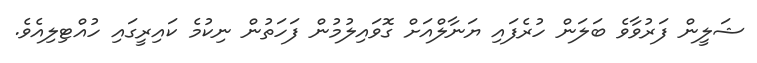
ޝަލީން ފަރުވާވެ ބަލަން ހުރެފައި ޔަނާލްއަށް ގޮވައިލުމުން ފަހަތުން ނިކުމެ ކައިރީގައި ހުއްޓިލިއެވެ.